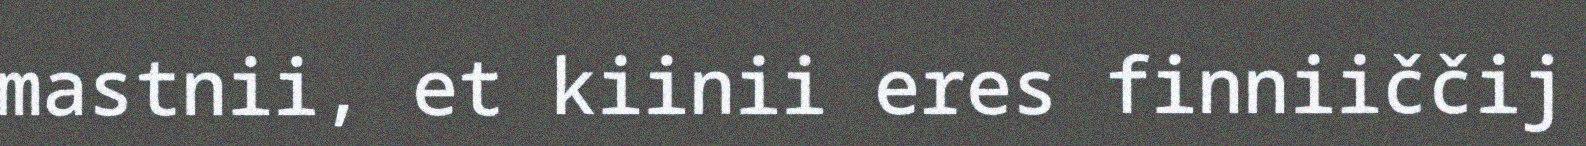
mastnii, et kiinii eres finniiččij